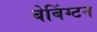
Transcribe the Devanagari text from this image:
बेबिंग्टन